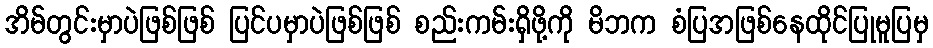
အိမ်တွင်းမှာပဲဖြစ်ဖြစ် ပြင်ပမှာပဲဖြစ်ဖြစ် စည်းကမ်းရှိဖို့ကို မိဘက စံပြအဖြစ်နေထိုင်ပြုမူပြမှ